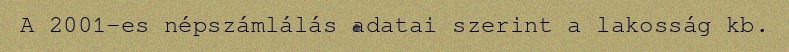
A 2001-es népszámlálás adatai szerint a lakosság kb.